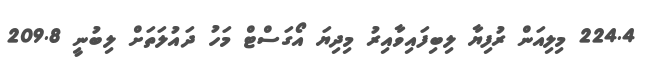
224.4 މިލިއަން ރުފިޔާ ލިބިފައިވާއިރު މިދިޔަ އޯގަސްޓް މަހު ދައުލަތަށް ލިބުނީ 209.8